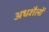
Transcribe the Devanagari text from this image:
अधशैलों